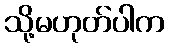
သို့မဟုတ်ပါက